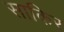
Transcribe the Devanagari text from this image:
साकिर